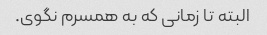
البته تا زمانی که به همسرم نگوی.